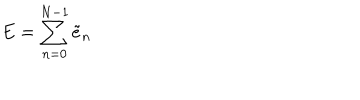
LaTeX: E = \sum _ { n = 0 } ^ { N - 1 } \tilde { e } _ { n }